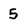
Character: 5